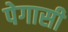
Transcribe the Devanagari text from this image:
पेगासी